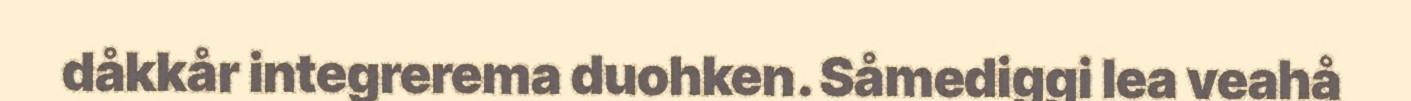
dåkkår integrerema duohken. Såmediggi lea veahå